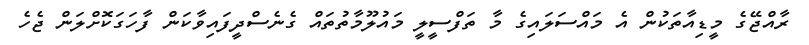
ރާއްޖޭގެ މީޑިއާތަކުން އެ މައްސަލައިގެ މާ ތަފްސީލީ މައުލޫމާތުތައް ގެނެސްދީފައިވާކަން ފާހަގަކޮށްލަން ޖެހެ